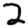
Digit: 2